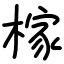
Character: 榢